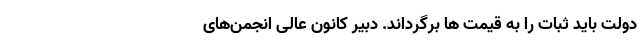
دولت باید ثبات را به قیمت ها برگرداند. دبیر کانون عالی انجمن‌‌های